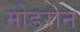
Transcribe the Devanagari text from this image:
मोडरोन